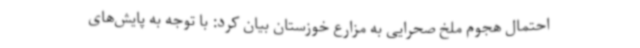
احتمال هجوم ملخ صحرایی به مزارع خوزستان بیان کرد: با توجه به پایش‌های